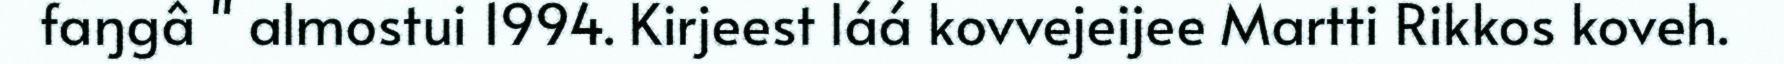
faŋgâ " almostui 1994. Kirjeest láá kovvejeijee Martti Rikkos koveh.